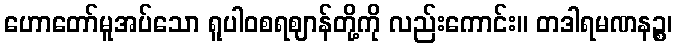
ဟောတော်မူအပ်သော ရူပါဝစရဈာန်တို့ကို လည်းကောင်း။ တဒါရမဏနဉ္စ၊